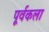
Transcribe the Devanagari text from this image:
पूर्वकला